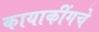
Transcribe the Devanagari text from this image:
कायाकींगचे